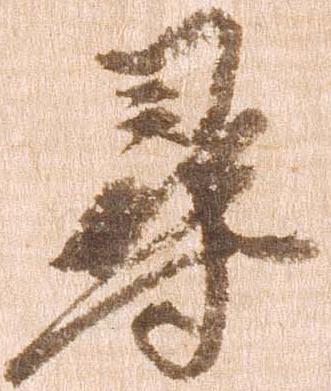
尋